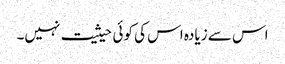
اس سے زیادہ اس کی کوئی حیثیت نہیں۔